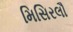
મિસિરલૌ